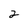
Character: 2